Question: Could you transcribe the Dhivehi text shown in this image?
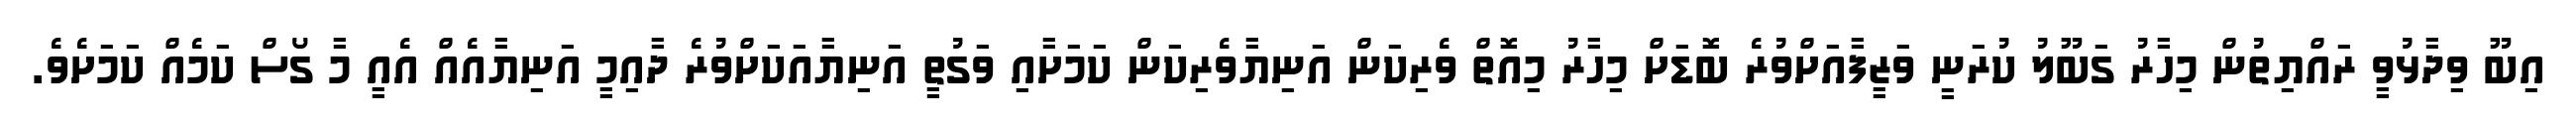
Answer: އިބޫ ވިދާޅުވީ ރައްޔިތުން މިހާރު ގަބޫލު ކުރަނީ ވަޒީފާއަށްވުރެ ބޮޑަށް މިހާރު މިއޮތް ވެރިކަން އަނިޔާވެރިކަން ކަމަށާއި ވަގުތީ އަނިޔާއަކަށްވުރެ ދާއިމީ އަނިޔާއެއް އެއީ މާ ގޯސް ކަމެއް ކަމަށެވެ.